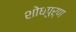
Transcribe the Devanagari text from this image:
शोधपुर्ण